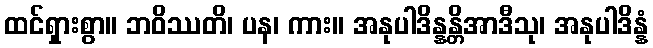
ထင်ရှားစွာ။ ဘဝိဿတိ၊ ပန၊ ကား။ အနုပါဒိန္နန္တိအာဒီသု၊ အနုပါဒိန္နံ